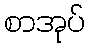
စာအုပ်